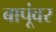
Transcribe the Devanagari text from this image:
बापूंवर